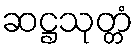
ဆဋ္ဌသုတ္တံ